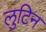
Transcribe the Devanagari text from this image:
लुटिन